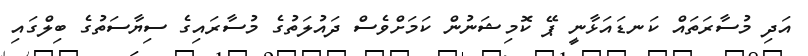
އަދި މުސާރަތައް ކަނޑައަޅާނީ ޕޭ ކޮމިޝަނުން ކަމަށްވެސް ދައުލަތުގެ މުސާރައިގެ ސިޔާސަތުގެ ބިލްގައި